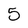
Character: 5